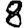
Digit: 8